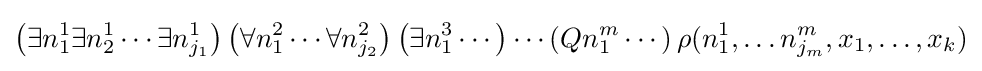
\left(\exists n_{1}^{1}\exists n_{2}^{1}\cdots \exists n_{j_{1}}^{1}\right)\left(\forall n_{1}^{2}\cdots \forall n_{j_{2}}^{2}\right)\left(\exists n_{1}^{3}\cdots \right)\cdots \left(Qn_{1}^{m}\cdots \right)\rho (n_{1}^{1},\ldots n_{j_{m}}^{m},x_{1},\ldots ,x_{k})